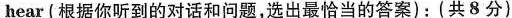
hear (根据你听到的对话和问题,选出最恰当的答案):(共8分)